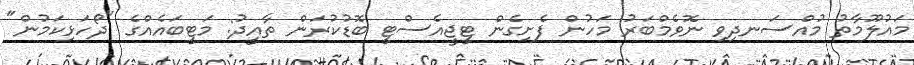
މައުލޫމާތު މުއްސަނދިވި ނޮވެމްބަރު މަހުން ފެށިގެން ޓީޖީއެސްޓީ ބޮޑުކުރަން ތާއީދު: މަޓީބައެއްގެ "ދޯހަޅިކަމުން"